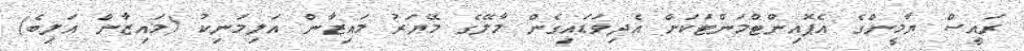
ރައީސް ޔާމީންގެ އެޕޮއިންޓްމަންޓަކަށް އެދިވަޑައިގެން މާލޭގެ މޭޔަރު މައިޒާން އަލިމަނިކު (މައިޒާން އަލިބެ)